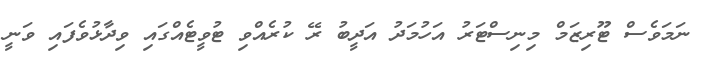
ނަމަވެސް ޓޫރިޒަމް މިނިސްޓަރު އަހުމަދު އަދީބު ރޭ ކުރެއްވި ޓުވީޓެއްގައި ވިދާޅުވެފައި ވަނީ